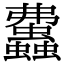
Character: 𧕒